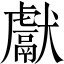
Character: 獻